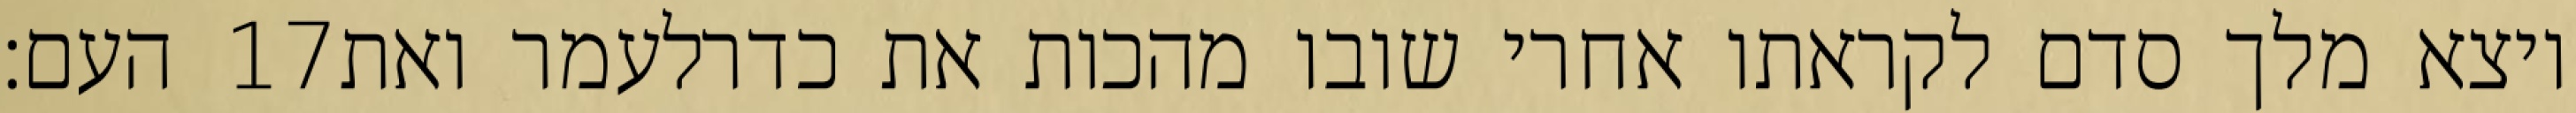
העם׃ ‎17‏ ויצא מלך סדם לקראתו אחרי שובו מהכות את כדרלעמר ואת